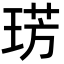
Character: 𭹛